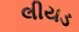
લીયડ